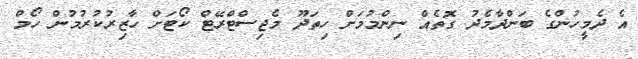
އެ ދެމީހުންގެ ބަންދާމެދު ގޮތެއް ނިންމުމަށް ހިތަދޫ މެޖިސްޓްރޭޓް ކޯޓަށް ހާޒިރުކުރުމުން ހޯމް